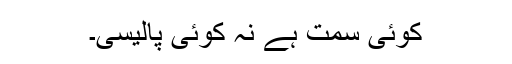
کوئی سمت ہے نہ کوئی پالیسی۔